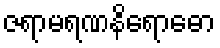
ဇရာမရဏနိရောဓော